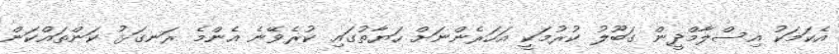
އެކަމަކު އިސްލާމްދީން ގަބޫލު ކުރުމަކީ އަހަރެންނަށް ހަޔާތުގައި ކުރެވޭނެ އެންމެ ރަނގަޅު ކަންތައްކަން